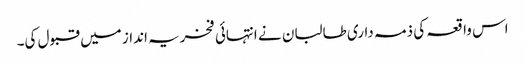
اس واقعہ کی ذمہ داری طالبان نے انتہائی فخریہ انداز میں قبول کی۔